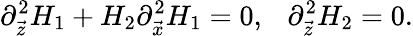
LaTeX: \partial_{\vec{z}}^{2}H_{1}+H_{2}\partial_{\vec{x}}^{2}H_{1}=0,\ \ \ \partial_{\vec{z}}^{2}H_{2}=0.